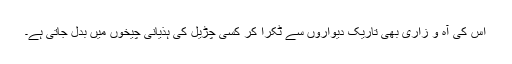
اس کی آہ و زاری بھی تاریک دیواروں سے ٹکرا کر کسی چڑیل کی ہذیانی چیخوں میں بدل جاتی ہے۔